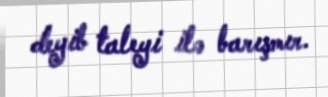
deyib taleyi ilə barışmır.